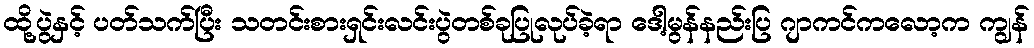
ထို့ပွဲနှင့် ပတ်သက်ပြီး သတင်းစားရှင်းလင်းပွဲတစ်ခုပြုလုပ်ခဲ့ရာ ဒေါ့မွန်နည်းပြ ဂျာကင်ကလော့က ကျွန်